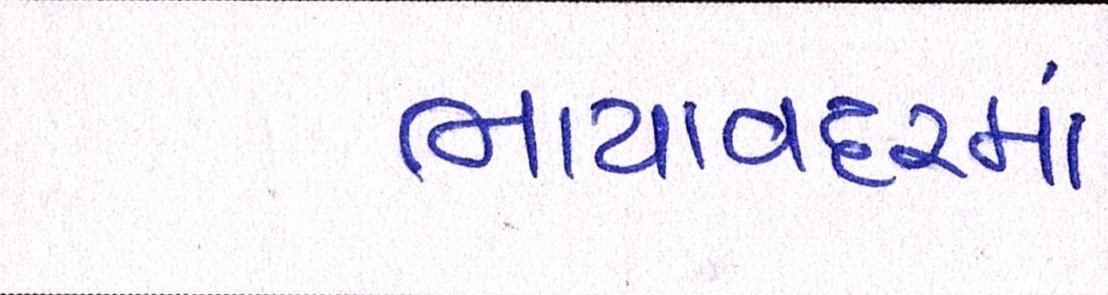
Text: ભાયાવદરમાં